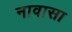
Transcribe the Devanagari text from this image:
नावासा